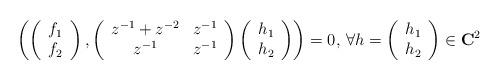
LaTeX: \begin{align*}\left( \left( {\begin{array}{*{20}c}f_{1}\\f_{2}\\\end{array} } \right),\left( {\begin{array}{*{20}c}z^{-1}+z^{-2} & z^{-1}\\z^{-1} & z^{-1}\\\end{array} } \right)\left( {\begin{array}{*{20}c}h_{1}\\h_{2}\\\end{array} } \right) \right)=0,\thinspace \forall h=\left( {\begin{array}{*{20}c}h_{1}\\h_{2}\\\end{array} } \right)\in \mathbf{C}^{2}\end{align*}